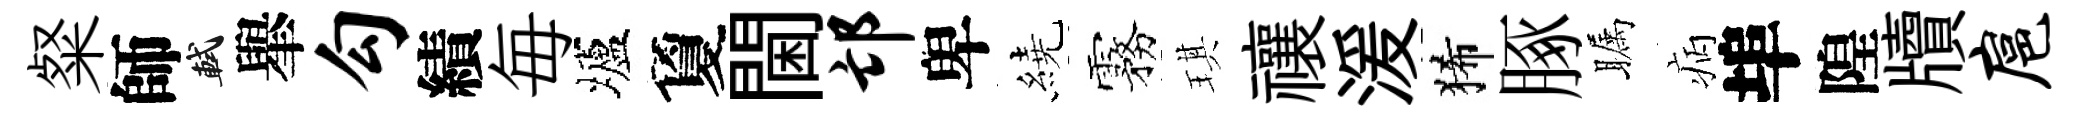
粲師軾𦦙勾績毎壚夐閫邙卑繞霧琪禳湲狶䐁瞩病埠隍牘扈